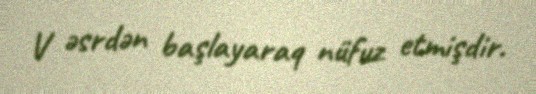
V əsrdən başlayaraq nüfuz etmişdir.